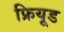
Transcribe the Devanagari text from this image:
फ्रियूड